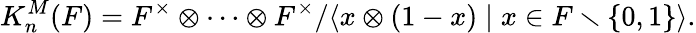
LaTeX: K_{n}^{M}(F)=F^{\times}\otimes\cdots\otimes F^{\times}/\langle x\otimes(1-x)\mid x\in F\smallsetminus\{ 0,1\} \rangle.